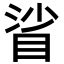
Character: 𥆝